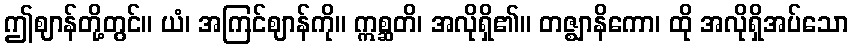
ဤဈာန်တို့တွင်။ ယံ၊ အကြင်ဈာန်ကို။ ဣစ္ဆတိ၊ အလိုရှိ၏။ တဇ္ဈာနိကော၊ ထို အလိုရှိအပ်သော